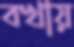
বখায়